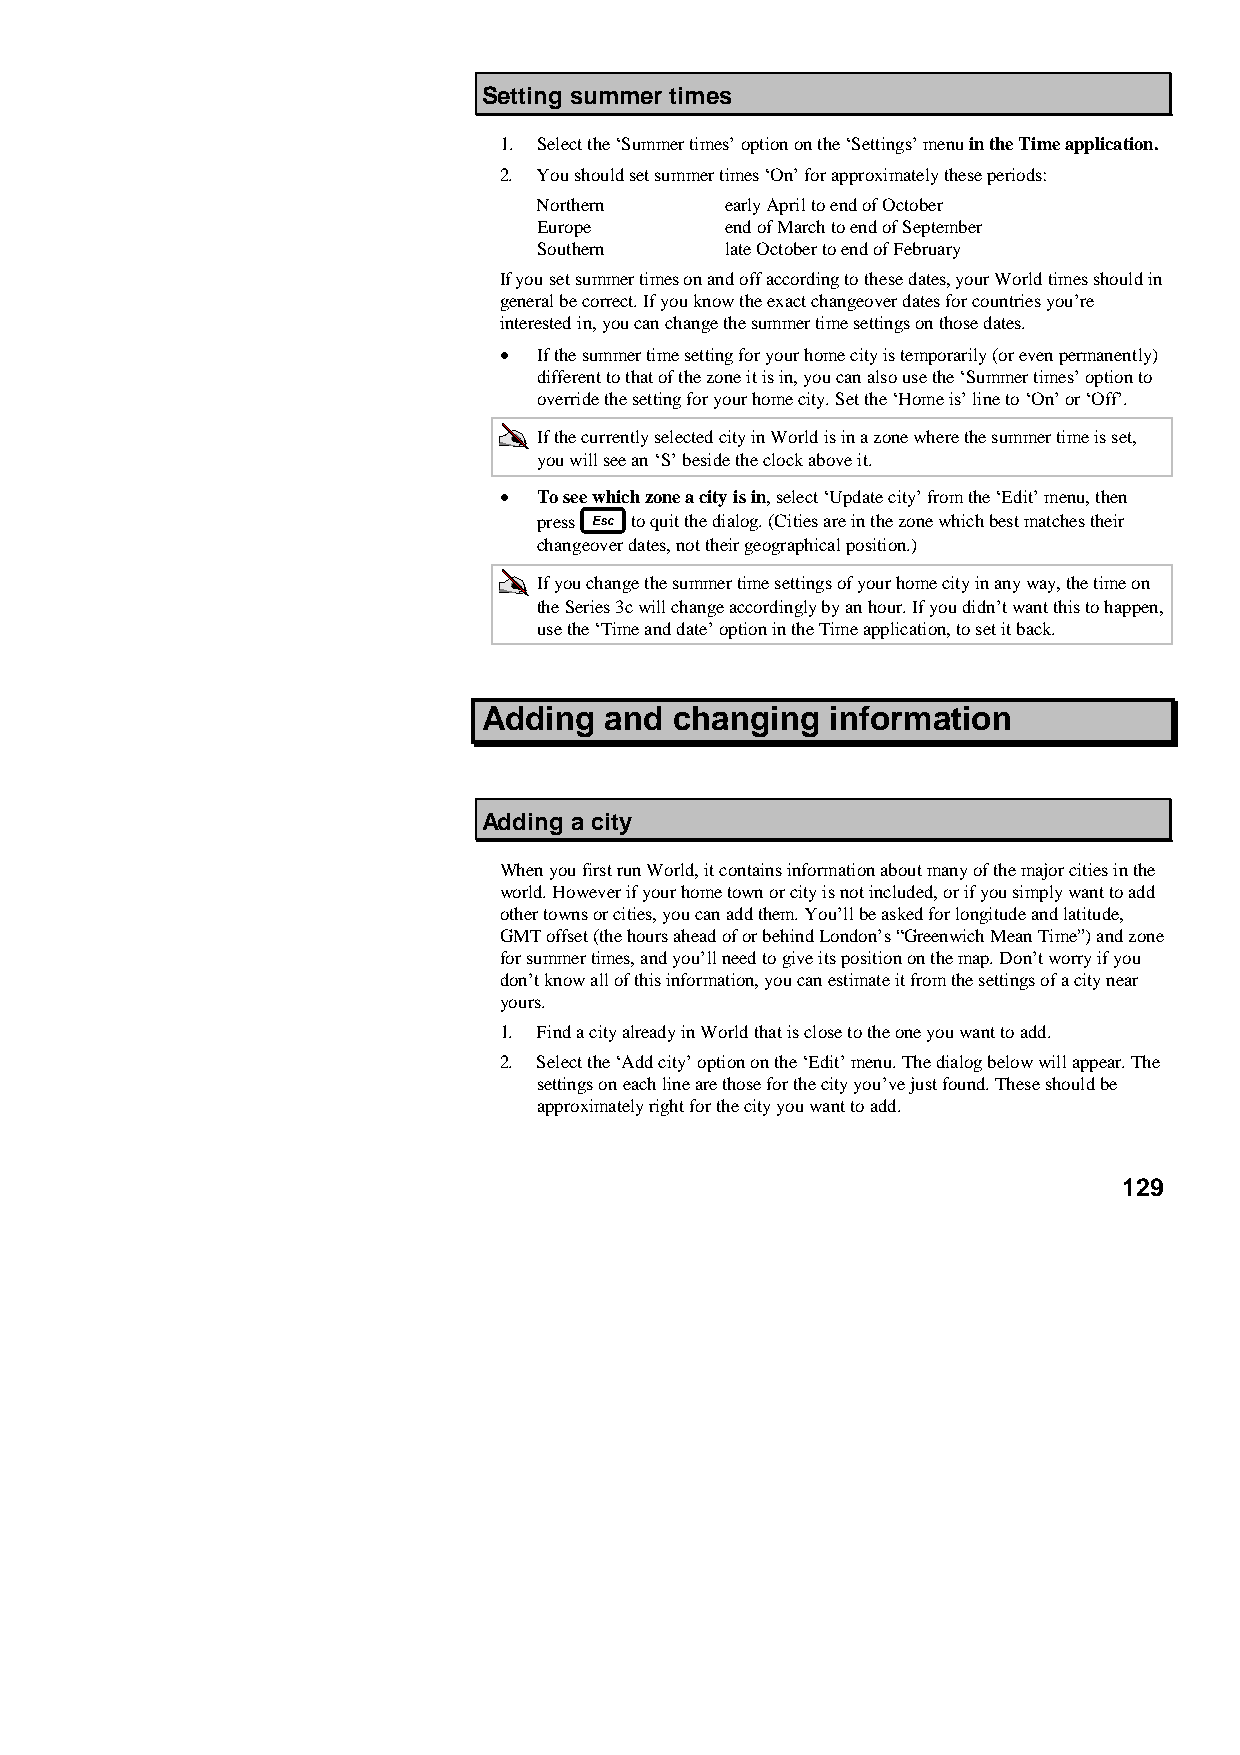
Setting summer times
 1. Select the ‘Summer times’ option on the ‘Settings’ menu in the Time application.
 2. You should set summer times ‘On’ for approximately these periods:
 Northern    early April to end of October
 Europe      end of March to end of September
 Southern    late October to end of February
 If you set summer times on and off according to these dates, your World times should in
 general be correct. If you know the exact changeover dates for countries you’re
 interested in, you can change the summer time settings on those dates.
 •  If the summer time setting for your home city is temporarily (or even permanently)
 different to that of the zone it is in, you can also use the ‘Summer times’ option to
 override the setting for your home city. Set the ‘Home is’ line to ‘On’ or ‘Off’.
 If the currently selected city in World is in a zone where the summer time is set,
 you will see an ‘S’ beside the clock above it.
 •  To see which zone a city is in, select ‘Update city’ from the ‘Edit’ menu, then
 press to quit the dialog. (Cities are in the zone which best matches their
 changeover dates, not their geographical position.)
 If you change the summer time settings of your home city in any way, the time on
 the Series 3c will change accordingly by an hour. If you didn’t want this to happen,
 use the ‘Time and date’ option in the Time application, to set it back.
 Adding  and  changing  information
 Adding a city
 When you first run World, it contains information about many of the major cities in the
 world. However if your home town or city is not included, or if you simply want to add
 other towns or cities, you can add them. You’ll be asked for longitude and latitude,
 GMT offset (the hours ahead of or behind London’s “Greenwich Mean Time”) and zone
 for summer times, and you’ll need to give its position on the map. Don’t worry if you
 don’t know all of this information, you can estimate it from the settings of a city near
 yours.
 1. Find a city already in World that is close to the one you want to add.
 2. Select the ‘Add city’ option on the ‘Edit’ menu. The dialog below will appear. The
 settings on each line are those for the city you’ve just found. These should be
 approximately right for the city you want to add.
 129